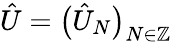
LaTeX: \hat{U}=\big(\hat{U}_{N}\big)_{N\in\mathbb{Z}}